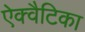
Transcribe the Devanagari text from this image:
ऐक्वैटिका